Civil Veterinary Department. United Provinces 1912-22 - 1912-1922
Year: 1912
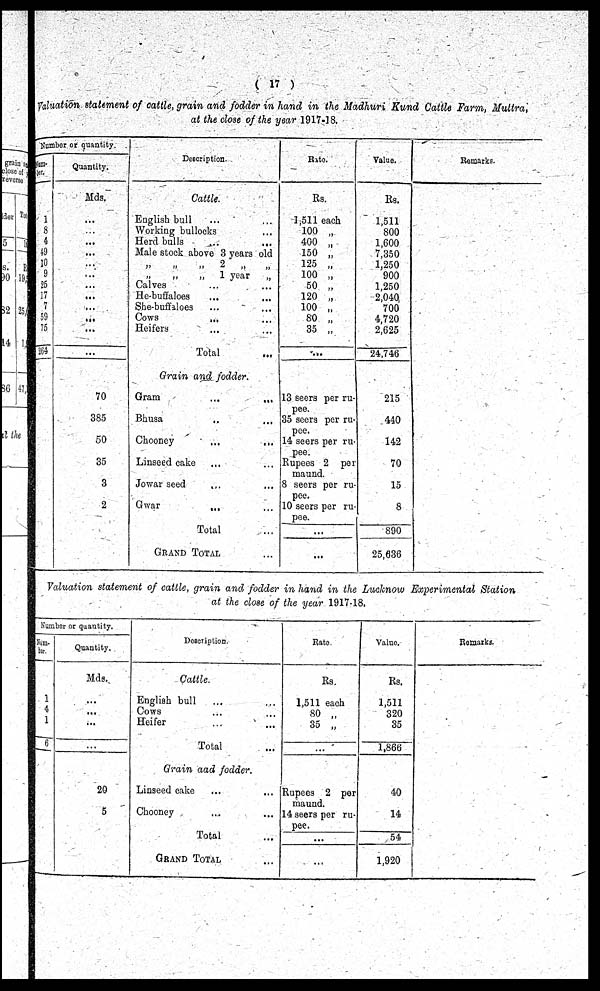
(17)
Valuation statement of cattle, strain and fodder in hand in the Madhuri Kund Cattle Farm, Muttra,
at the close of the year 1917-18.
Number or quantity.
Num-
ber,
1
8
4
49
10
9
25
17
7
59
75
264
Quantity.
Mds.
...
...
...
...
...
...
...
...
...
...
...
...
70
885
50
35
3
2
Description
Cattle.
English bull ... ...
Working bullocks ...
Herd bulls
...
...
Male stock above 3 years old
„ „ „ 2 „ „
„ „ „ 1 year „
Calves ... ...
He-buffaloes
...
...
She-buffaloes ... ...
Cows
...
...
Heifers ... ...
Total ...
Grain and fodder.
Gram
...
...
Bhusa ... ...
Chooney
...
...
Linseed cake ... ...
Jowar seed ... ...
Gwar
... ...
Total ...
Grand Total ...
Rate.
Rs.
1,511 each
100 „
400 „
150 „
125 „
100 „
50 „
120 „
100 „
80 „
35 „
...
13 seers per ru-
pee.
35 seers per ru-
pee.
14 seers per ru-
pee.
Rupees 2 per
maund.
8 seers per ru-
pee.
10 seers per ru-
pee.
...
...
Value.
Rs.
1,511
800
1,600
7,350
1,250
900
1,250
2,040
700
4,720
2,625
24,746
215
440
142
70
15
8
890
25,636
Remarks.
Valuation statement of cattle, grain and fodder in hand in the Lucknow Experimental Station
at the close of the y£ar 1917-18.
Number or quantity.
Num-
ber.
1
4
1
6
Quantity.
Mds.
......
...
...
...
20
5
Description.
Cattle.
English bull ... ...
Cows ... ...
Heifer ... ...
Total ...
Grain aad fodder.
Linseed cake ... ...
Chooney ... ...
Total ...
Grand Total ...
Rate.
Rs.
1,511 each
80 „
35 „
...
Rupees 2 per
maund.
14 seers per ru-
pee.
...
Value.
Rs.
1,511
320
35
1,866
40
14
54
1,920
Remarks.